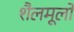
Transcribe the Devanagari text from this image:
शैलमूलों